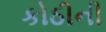
કોઠીની